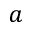
a